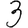
Digit: 3